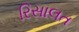
રિસાલત